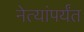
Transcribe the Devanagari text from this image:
नेत्यांपर्यंत